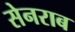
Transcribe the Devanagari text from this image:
सेनराब